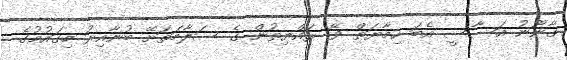
ގާނޫނު އަސާސީ އެބަ ހިމާޔަތް ވޭ. ރައްޔިތުން ގެ ސަލާމަތަށޭ ބުނާއިރު މިގައުމުގެ